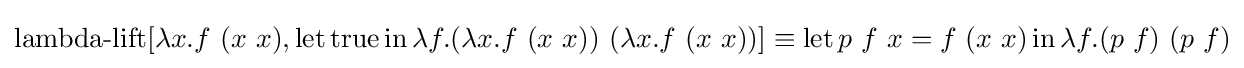
\operatorname {lambda-lift} [\lambda x.f\ (x\ x),\operatorname {let} \operatorname {true} \operatorname {in} \lambda f.(\lambda x.f\ (x\ x))\ (\lambda x.f\ (x\ x))]\equiv \operatorname {let} p\ f\ x=f\ (x\ x)\operatorname {in} \lambda f.(p\ f)\ (p\ f)